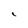
Character: c